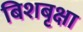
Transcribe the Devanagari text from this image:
बिशबृक्षा